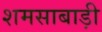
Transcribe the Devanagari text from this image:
शमसाबाड़ी